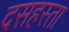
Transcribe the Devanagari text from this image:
दसहस्ता